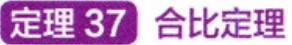
定理 37 合比定理